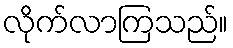
လိုက်လာကြသည်။